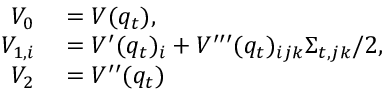
\begin{array} { r l } { V _ { 0 } } & { { } = V ( q _ { t } ) , } \\ { V _ { 1 , i } } & { { } = V ^ { \prime } ( q _ { t } ) _ { i } + V ^ { \prime \prime \prime } ( q _ { t } ) _ { i j k } \Sigma _ { t , j k } / 2 , \mathrm { ~ } } \\ { V _ { 2 } } & { { } = V ^ { \prime \prime } ( q _ { t } ) } \end{array}